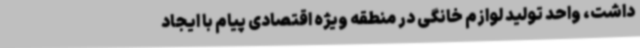
داشت، واحد تولید لوازم خانگی در منطقه ویژه اقتصادی پیام با ایجاد